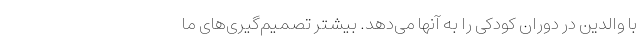
با والدین در دوران کودکی را به آنها می‌دهد. بیشتر تصمیم‌گیری‌های ما